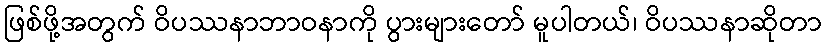
ဖြစ်ဖို့အတွက် ဝိပဿနာဘာဝနာကို ပွားများတော် မူပါတယ်၊ ဝိပဿနာဆိုတာ